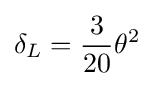
\delta _{L}={\frac {3}{20}}\theta ^{2}~